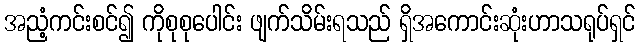
အညံ့ကင်းစင်၍ ကိုစုစုပေါင်း ဖျက်သိမ်းရသည် ရှိအကောင်းဆုံးဟာသရုပ်ရှင်